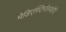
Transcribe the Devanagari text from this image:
मेडिएस्टिनोस्कोपी